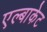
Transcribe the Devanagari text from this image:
एल्बाकेट